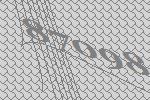
87098